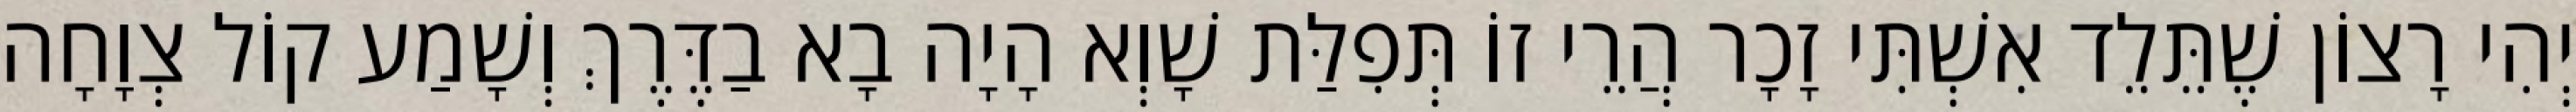
יְהִי רָצוֹן שֶׁתֵּלֵד אִשְׁתִּי זָכָר הֲרֵי זוֹ תְּפִלַּת שָׁוְא הָיָה בָא בַדֶּרֶךְ וְשָׁמַע קוֹל צְוָחָה